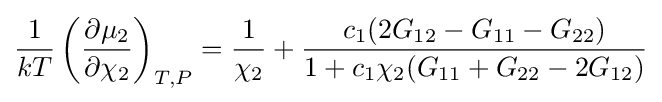
{\frac {1}{kT}}\left({\frac {\partial \mu _{2}}{\partial \chi _{2}}}\right)_{T,P}={\frac {1}{\chi _{2}}}+{\frac {c_{1}(2G_{12}-G_{11}-G_{22})}{1+c_{1}\chi _{2}(G_{11}+G_{22}-2G_{12})}}